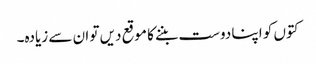
کتوں کو اپنا دوست بننے کا موقع دیں تو ان سے زیادہ۔